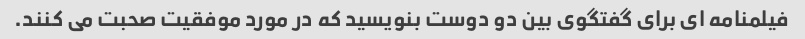
فیلمنامه ای برای گفتگوی بین دو دوست بنویسید که در مورد موفقیت صحبت می کنند.